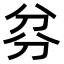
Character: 𠔑